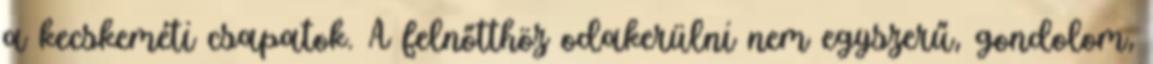
a kecskeméti csapatok. A felnőtthöz odakerülni nem egyszerű, gondolom,